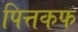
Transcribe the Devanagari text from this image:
पित्तकफ